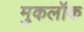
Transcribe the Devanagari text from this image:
मुकलॉक